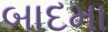
બાદમા